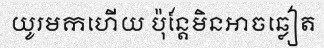
យូរមកហើយ ប៉ុន្តែមិនអាចឆ្លៀត